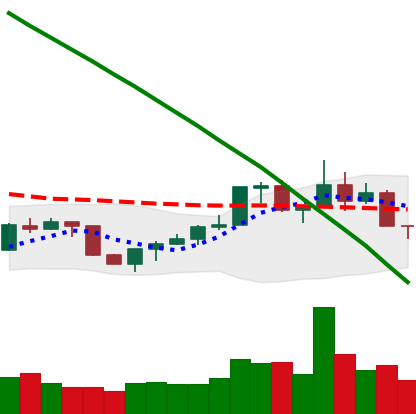
Ticker: NEO-USD
Chart end date: 2022-07-26
Forward return: 18.634%
Label: up_7plus